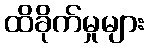
ထိခိုက်မှုများ